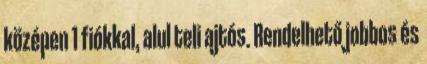
középen 1 fiókkal, alul teli ajtós. Rendelhető jobbos és